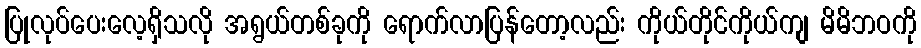
ပြုလုပ်ပေးလေ့ရှိသလို အရွယ်တစ်ခုကို ရောက်လာပြန်တော့လည်း ကိုယ်တိုင်ကိုယ်ကျ မိမိဘဝကို